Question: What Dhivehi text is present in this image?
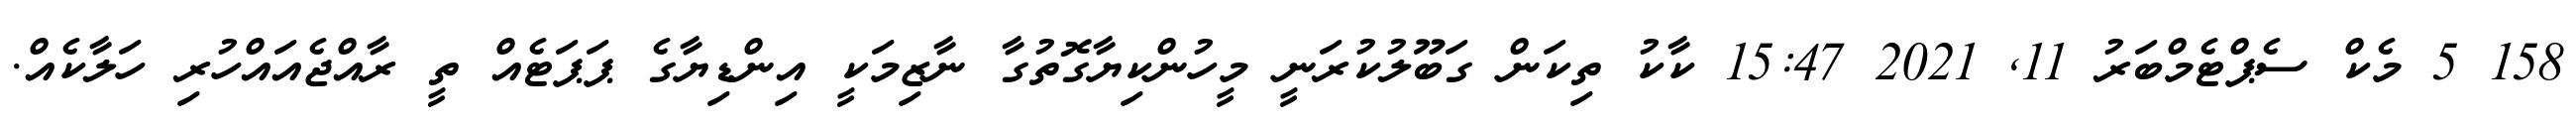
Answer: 158 5 މެކް ސެޕްޓެމްބަރު 11, 2021 15:47 ކާކު ތިކަން ގަބޫލުކުރަނީ މީހުންކިޔާގޮތުގާ ނާޒިމަކީ އިންޑިޔާގެ ޕަޕަޓެއް ތީ ރާއްޖެއައްހުރި ހަލާކެއް.